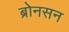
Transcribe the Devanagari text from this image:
ब्रोनसन